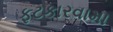
ફટકારવામા